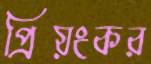
প্রিয়ংকর